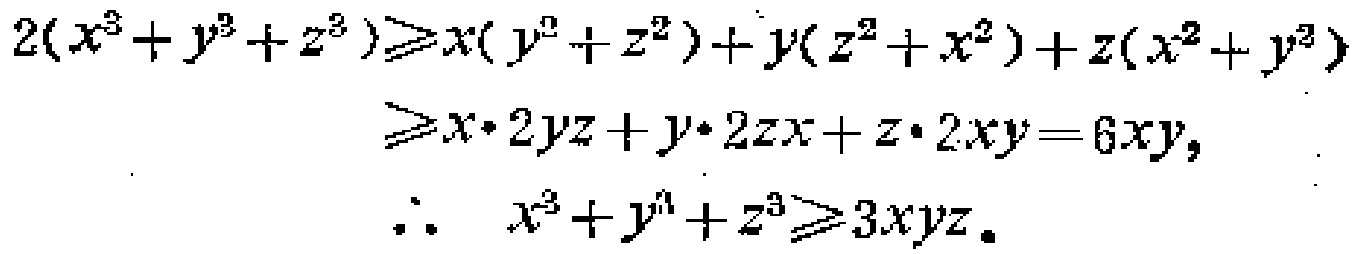
\[

\begin{align*}

2(x^{3}+y^{3}+z^{3})&\geqslant x(y^{2}+z^{2})+y(z^{2}+x^{2})+z(x^{2}+y^{2})\\

&\geqslant x\cdot 2yz + y\cdot 2zx+z\cdot 2xy = 6xyz,\\

\therefore\quad x^{3}+y^{3}+z^{3}&\geqslant 3xyz.

\end{align*}

\]